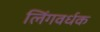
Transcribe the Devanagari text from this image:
लिंगवर्धक